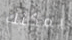
يمكنك